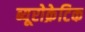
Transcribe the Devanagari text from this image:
ब्यूरोक्रेटिक